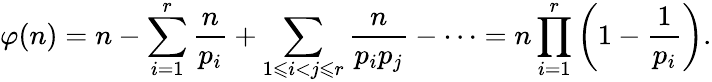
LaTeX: \varphi(n)=n-\sum_{i=1}^{r}{\frac{n}{p_{i}}}+\sum_{1\leqslant i<j\leqslant r}{\frac{n}{p_{i}p_{j}}}-\cdots=n\prod_{i=1}^{r}\left(1-{\frac{1}{p_{i}}}\right).